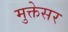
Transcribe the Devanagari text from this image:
मुक्तेसर